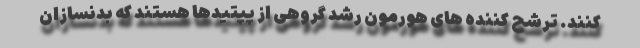
کنند. ترشح کننده های هورمون رشد گروهی از پپتیدها هستند که بدنسازان